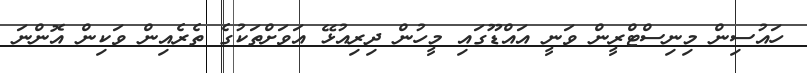
ހައުސިން މިނިސްޓްރީން ވަނީ އައްޑޫގައި މީހުން ދިރިއުޅޭ އަވަށްތަކުގެ ތެރެއިން ވަކިން އޮންނަ